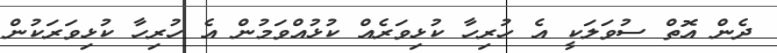
ދެން އޮތް ސުވަލަކީ އެ ހުރިހާ ކުޅިވަރެއް ކުޅުއްވަމުން އެ ހުރިހާ ކުޅިވަރަކުން